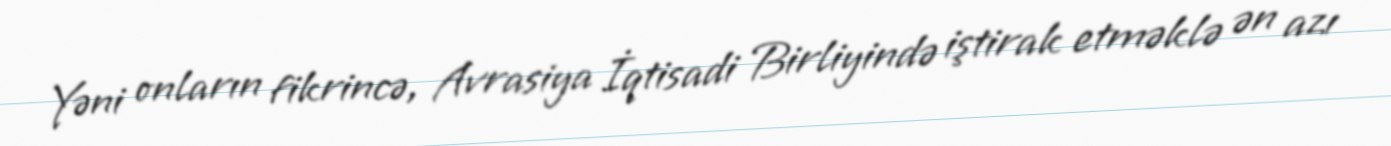
Yəni onların fikrincə, Avrasiya İqtisadi Birliyində iştirak etməklə ən azı